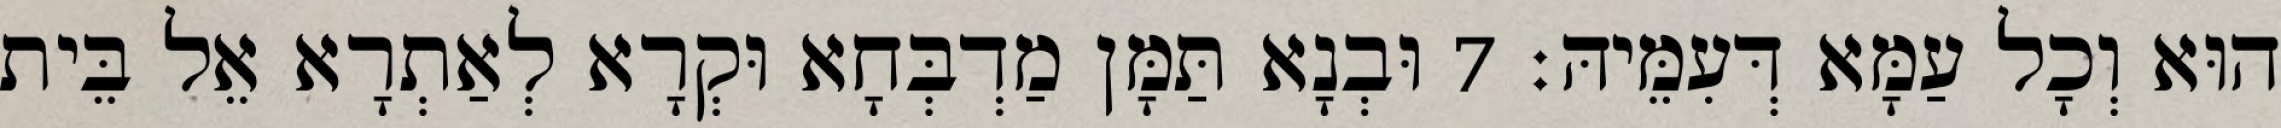
הוּא וְכָל עַמָּא דְּעִמֵּיהּ׃ 7 וּבְנָא תַּמָּן מַדְבְּחָא וּקְרָא לְאַתְרָא אֵל בֵּית